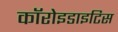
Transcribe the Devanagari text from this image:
कॉरोइडाइटिस